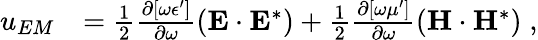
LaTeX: \begin{array}{rl}{u_{EM}}&{=\frac{1}{2}\frac{\partial[\omega\epsilon^{\prime}]}{\partial\omega}\left({\mathbf{E}}\cdot{\mathbf{E}}^{*}\right)+\frac{1}{2}\frac{\partial[\omega\mu^{\prime}]}{\partial\omega}\left({\mathbf{H}}\cdot{\mathbf{H}}^{*}\right)\; ,}\end{array}